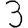
Digit: 3